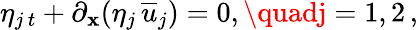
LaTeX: \eta_{j\, t}+\partial_{\mathbf{x}}(\eta_{j}\, {\overline{{{u}}}}_{j})=0,\quadj=1,2\, ,